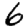
Digit: 6